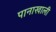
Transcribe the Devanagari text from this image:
पानाखाली